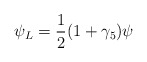
\begin{align*}\psi_{L} = \frac{1}{2} (1 + \gamma_{5}) \psi\end{align*}